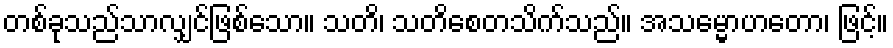
တစ်ခုသည်သာလျှင်ဖြစ်သော။ သတိ၊ သတိစေတသိက်သည်။ အသမ္မောဟတော၊ ဖြင့်။